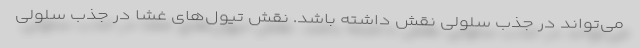
می‌تواند در جذب سلولی نقش داشته باشد. نقش تیول‌های غشا در جذب سلولی